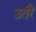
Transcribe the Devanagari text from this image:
उतरैं